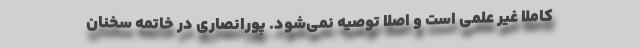
کاملا غیر علمی است و اصلا توصیه نمی‌شود. پورانصاری در خاتمه سخنان